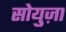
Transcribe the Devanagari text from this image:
सोयुज़ा